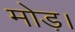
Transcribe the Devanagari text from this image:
मोड़।